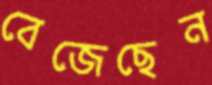
বেজেছেন